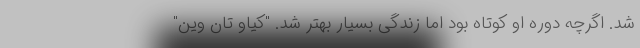
شد. اگرچه دوره او کوتاه بود اما زندگی بسیار بهتر شد. "کیاو تان وین"